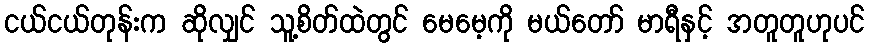
ငယ်ငယ်တုန်းက ဆိုလျှင် သူ့စိတ်ထဲတွင် မေမေ့ကို မယ်တော် မာရီနှင့် အတူတူဟုပင်